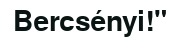
Bercsényi!"